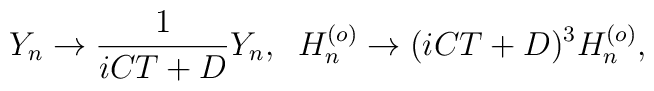
Y_n \rightarrow \frac{1}{iCT+ D} Y_n,\;\;H_n^{(o)} \rightarrow (iCT+ D)^3 H_n^{(o)},